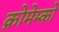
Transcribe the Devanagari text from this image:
क्रोमेम्को